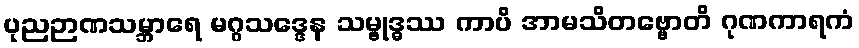
ပုညဉာဏသမ္ဘာရေ မဂ္ဂသဒ္ဒေန သမ္ဗုဒ္ဓဿ ကာပိ အာမသိတဗ္ဗောတိ ဂုဏကာရကံ